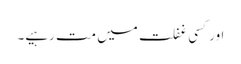
اور کسی غفلت میں مت رہیے۔